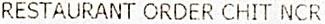
RESTAURANT ORDER CHIT NCR